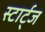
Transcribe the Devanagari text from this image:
स्टार्ट्ज